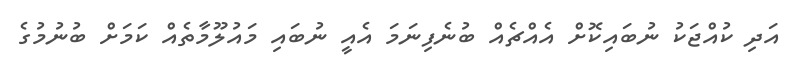
އަދި ކުއްޖަކު ނުބައިކޮށް އެއްޗެއް ބުނެފިނަމަ އެއީ ނުބައި މައުލޫމާތެއް ކަމަށް ބުނުމުގެ